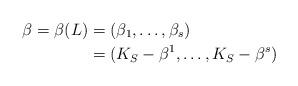
LaTeX: \begin{align*}\beta = \beta(L)& = (\beta_1,\ldots,\beta_s) \\& = (K_S - \beta^1, \ldots, K_S - \beta^s)\end{align*}